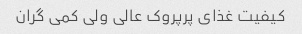
کیفیت غذای پرپروک عالی ولی کمی گران